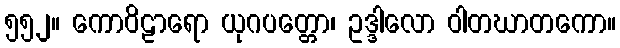
၅၅၂။ ကောဝိဠာရော ယုဂပတ္တော၊ ဥဒ္ဒါလော ဝါတဃာတကော။